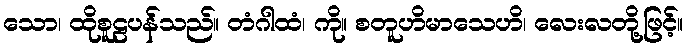
သော၊ ထိုစူဠပန်သည်။ တံဂါထံ၊ ကို။ စတူဟိမာသေဟိ၊ လေးလတို့ဖြင့်။